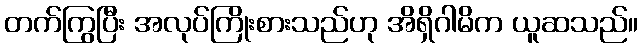
တက်ကြွပြီး အလုပ်ကြိုးစားသည်ဟု အိရှိဂါမိက ယူဆသည်။